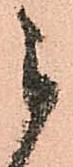
被